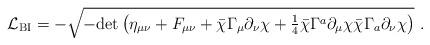
LaTeX: \begin{align*}{\cal L}_{\rm BI} = - \sqrt {- {\rm det}\, \big (\eta_{\mu\nu} + F_{\mu\nu} + \bar\chi\Gamma_\mu\partial_\nu\chi +{\textstyle{1\over 4}}\bar\chi \Gamma^a\partial_\mu\chi \bar\chi\Gamma_a\partial_\nu\chi\big )}\,\, .\end{align*}